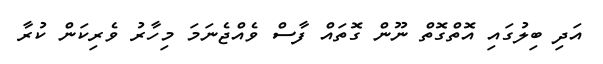
އަދި ބިލުގައި އޮތްގޮތް ނޫން ގޮތައް ފާސް ވެއްޖެނަމަ މިހާރު ވެރިކަން ކުރާ